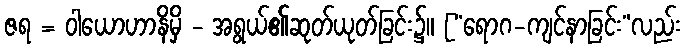
ဇရ = ဝါယောဟာနိမှိ - အရွယ်၏ဆုတ်ယုတ်ခြင်း၌။ [“ရောဂ-ကျင်နာခြင်း”လည်း